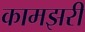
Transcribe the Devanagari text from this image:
कामझरी